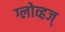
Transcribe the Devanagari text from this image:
ग्लोव्हज्